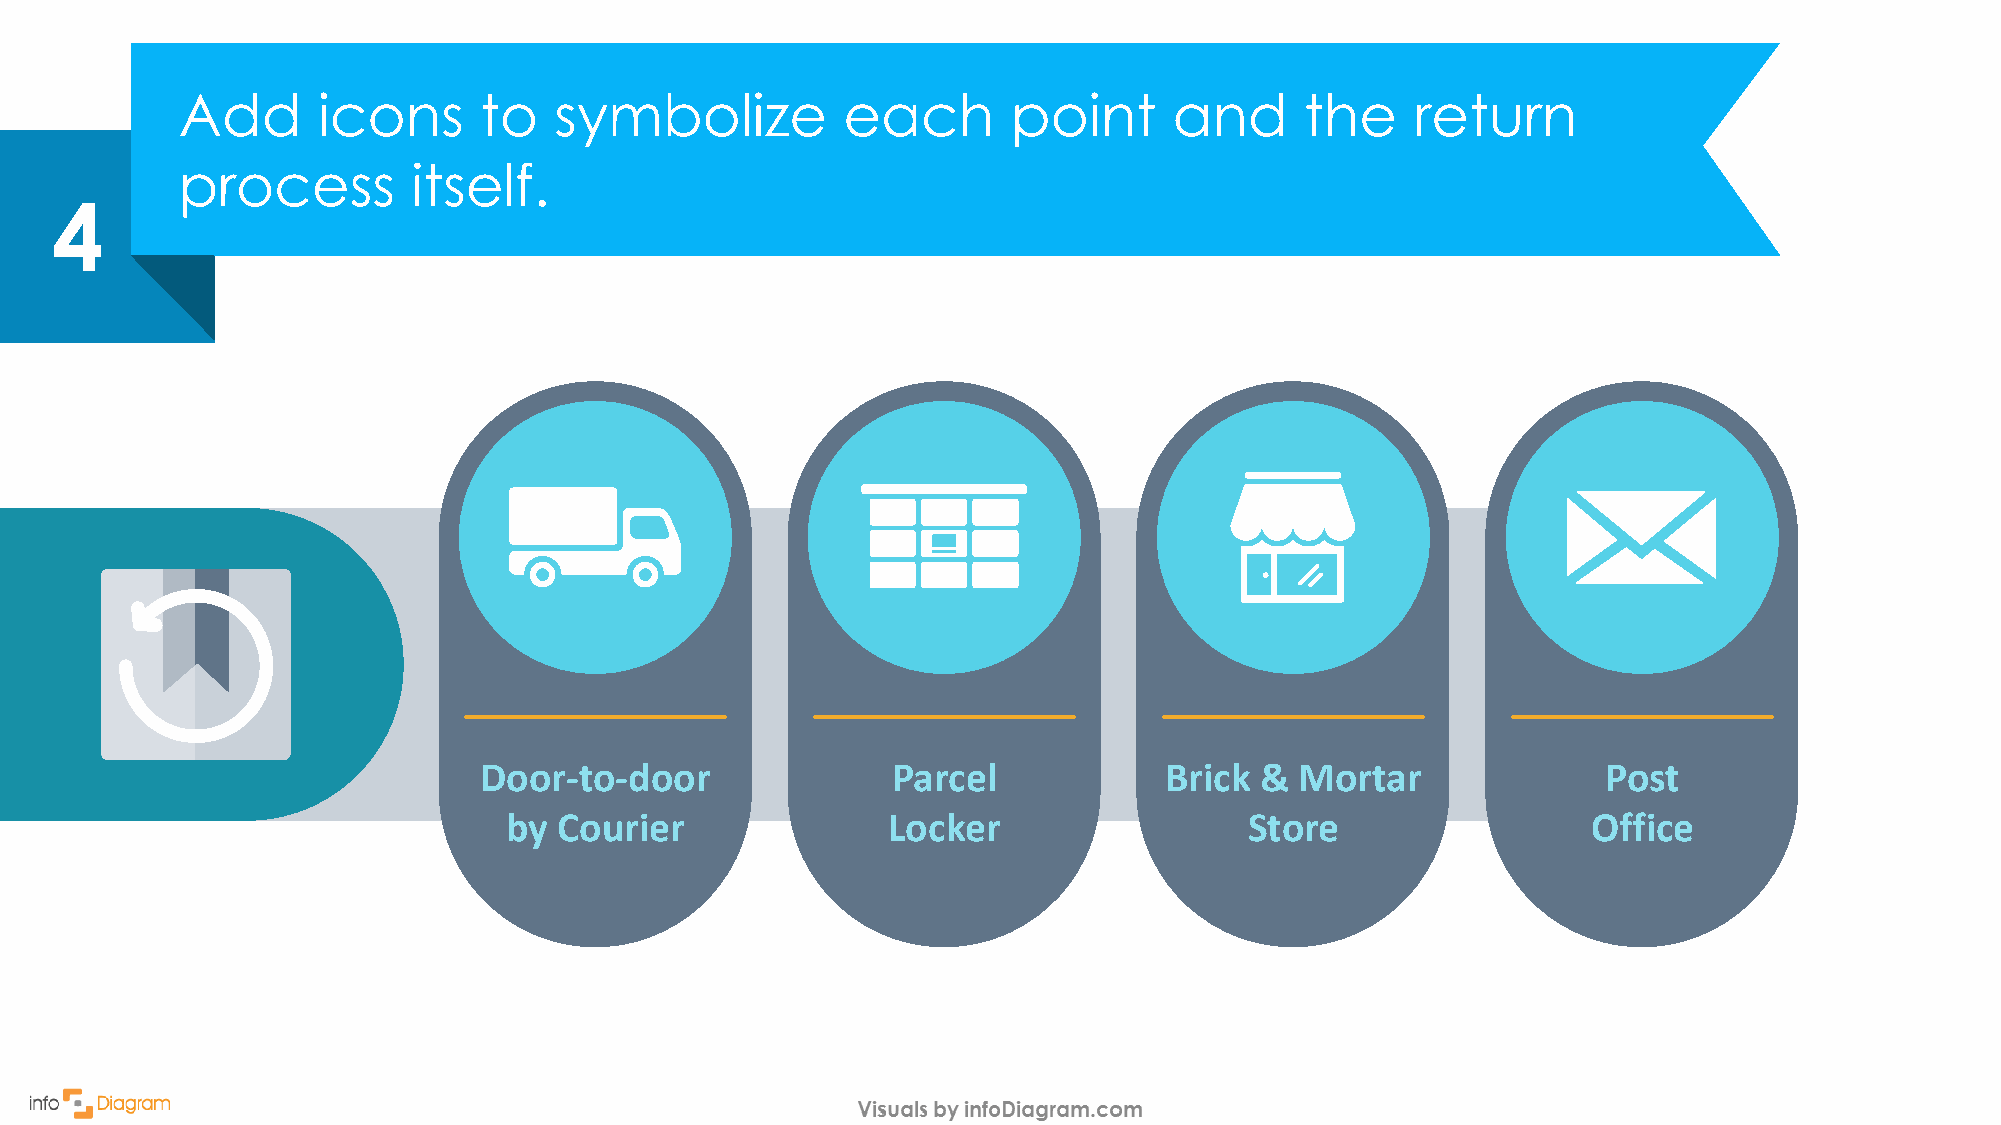
Add      icons      to   symbolize          each       point      and     the     return
 process        itself.
 4
 Door-to-door               Parcel            Brick &  Mortar              Post
 by  Courier               Locker                  Store                 Office